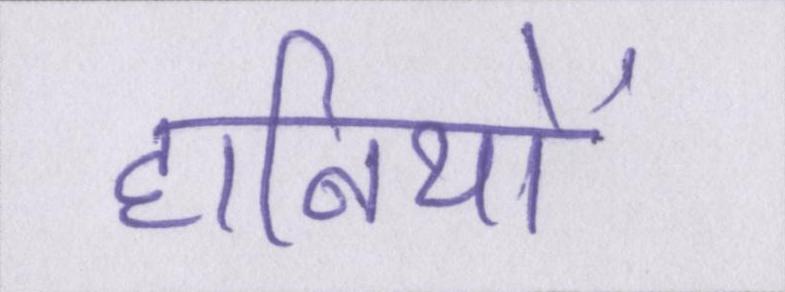
हानियों